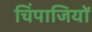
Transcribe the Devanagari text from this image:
चिंपाजियों